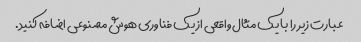
عبارت زیر را با یک مثال واقعی از یک فناوری هوش مصنوعی اضافه کنید.